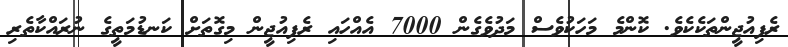
ރެފިއުޖީންތަކެކެވެ. ކޮންމެ މަހަކުވެސް މަދުވެގެން 7000 އެއްހައި ރެފިއުޖީން މިގޮތަށް ކަނޑުމަތީގެ ނުރައްކާތެރި